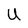
Character: U